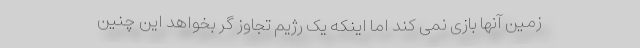
زمین آنها بازی نمی کند اما اینکه یک رژیم تجاوز گر بخواهد این چنین